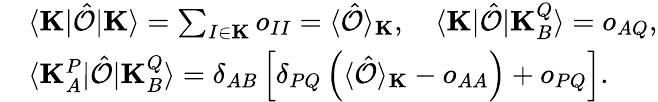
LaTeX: \begin{array}{rl}&{\langle\mathbf{K}|\hat{\mathcal{O}}|\mathbf{K}\rangle=\sum_{I\in\mathbf{K}}o_{II}=\langle\hat{\mathcal{O}}\rangle_{\mathbf{K}},\quad\langle\mathbf{K}|\hat{\mathcal{O}}|\mathbf{K}_{B}^{Q}\rangle=o_{AQ},}\\ &{\langle\mathbf{K}_{A}^{P}|\hat{\mathcal{O}}|\mathbf{K}_{B}^{Q}\rangle=\delta_{AB}\left[\delta_{PQ}\left(\langle\hat{\mathcal{O}}\rangle_{\mathbf{K}}-o_{AA}\right)+o_{PQ}\right].}\end{array}